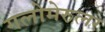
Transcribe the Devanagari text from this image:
गलोमेरुलर